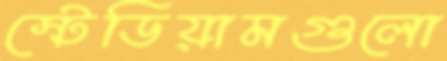
স্টেডিয়ামগুলো